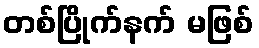
တစ်ပြိုက်နက် မဖြစ်